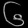
Digit: ၆